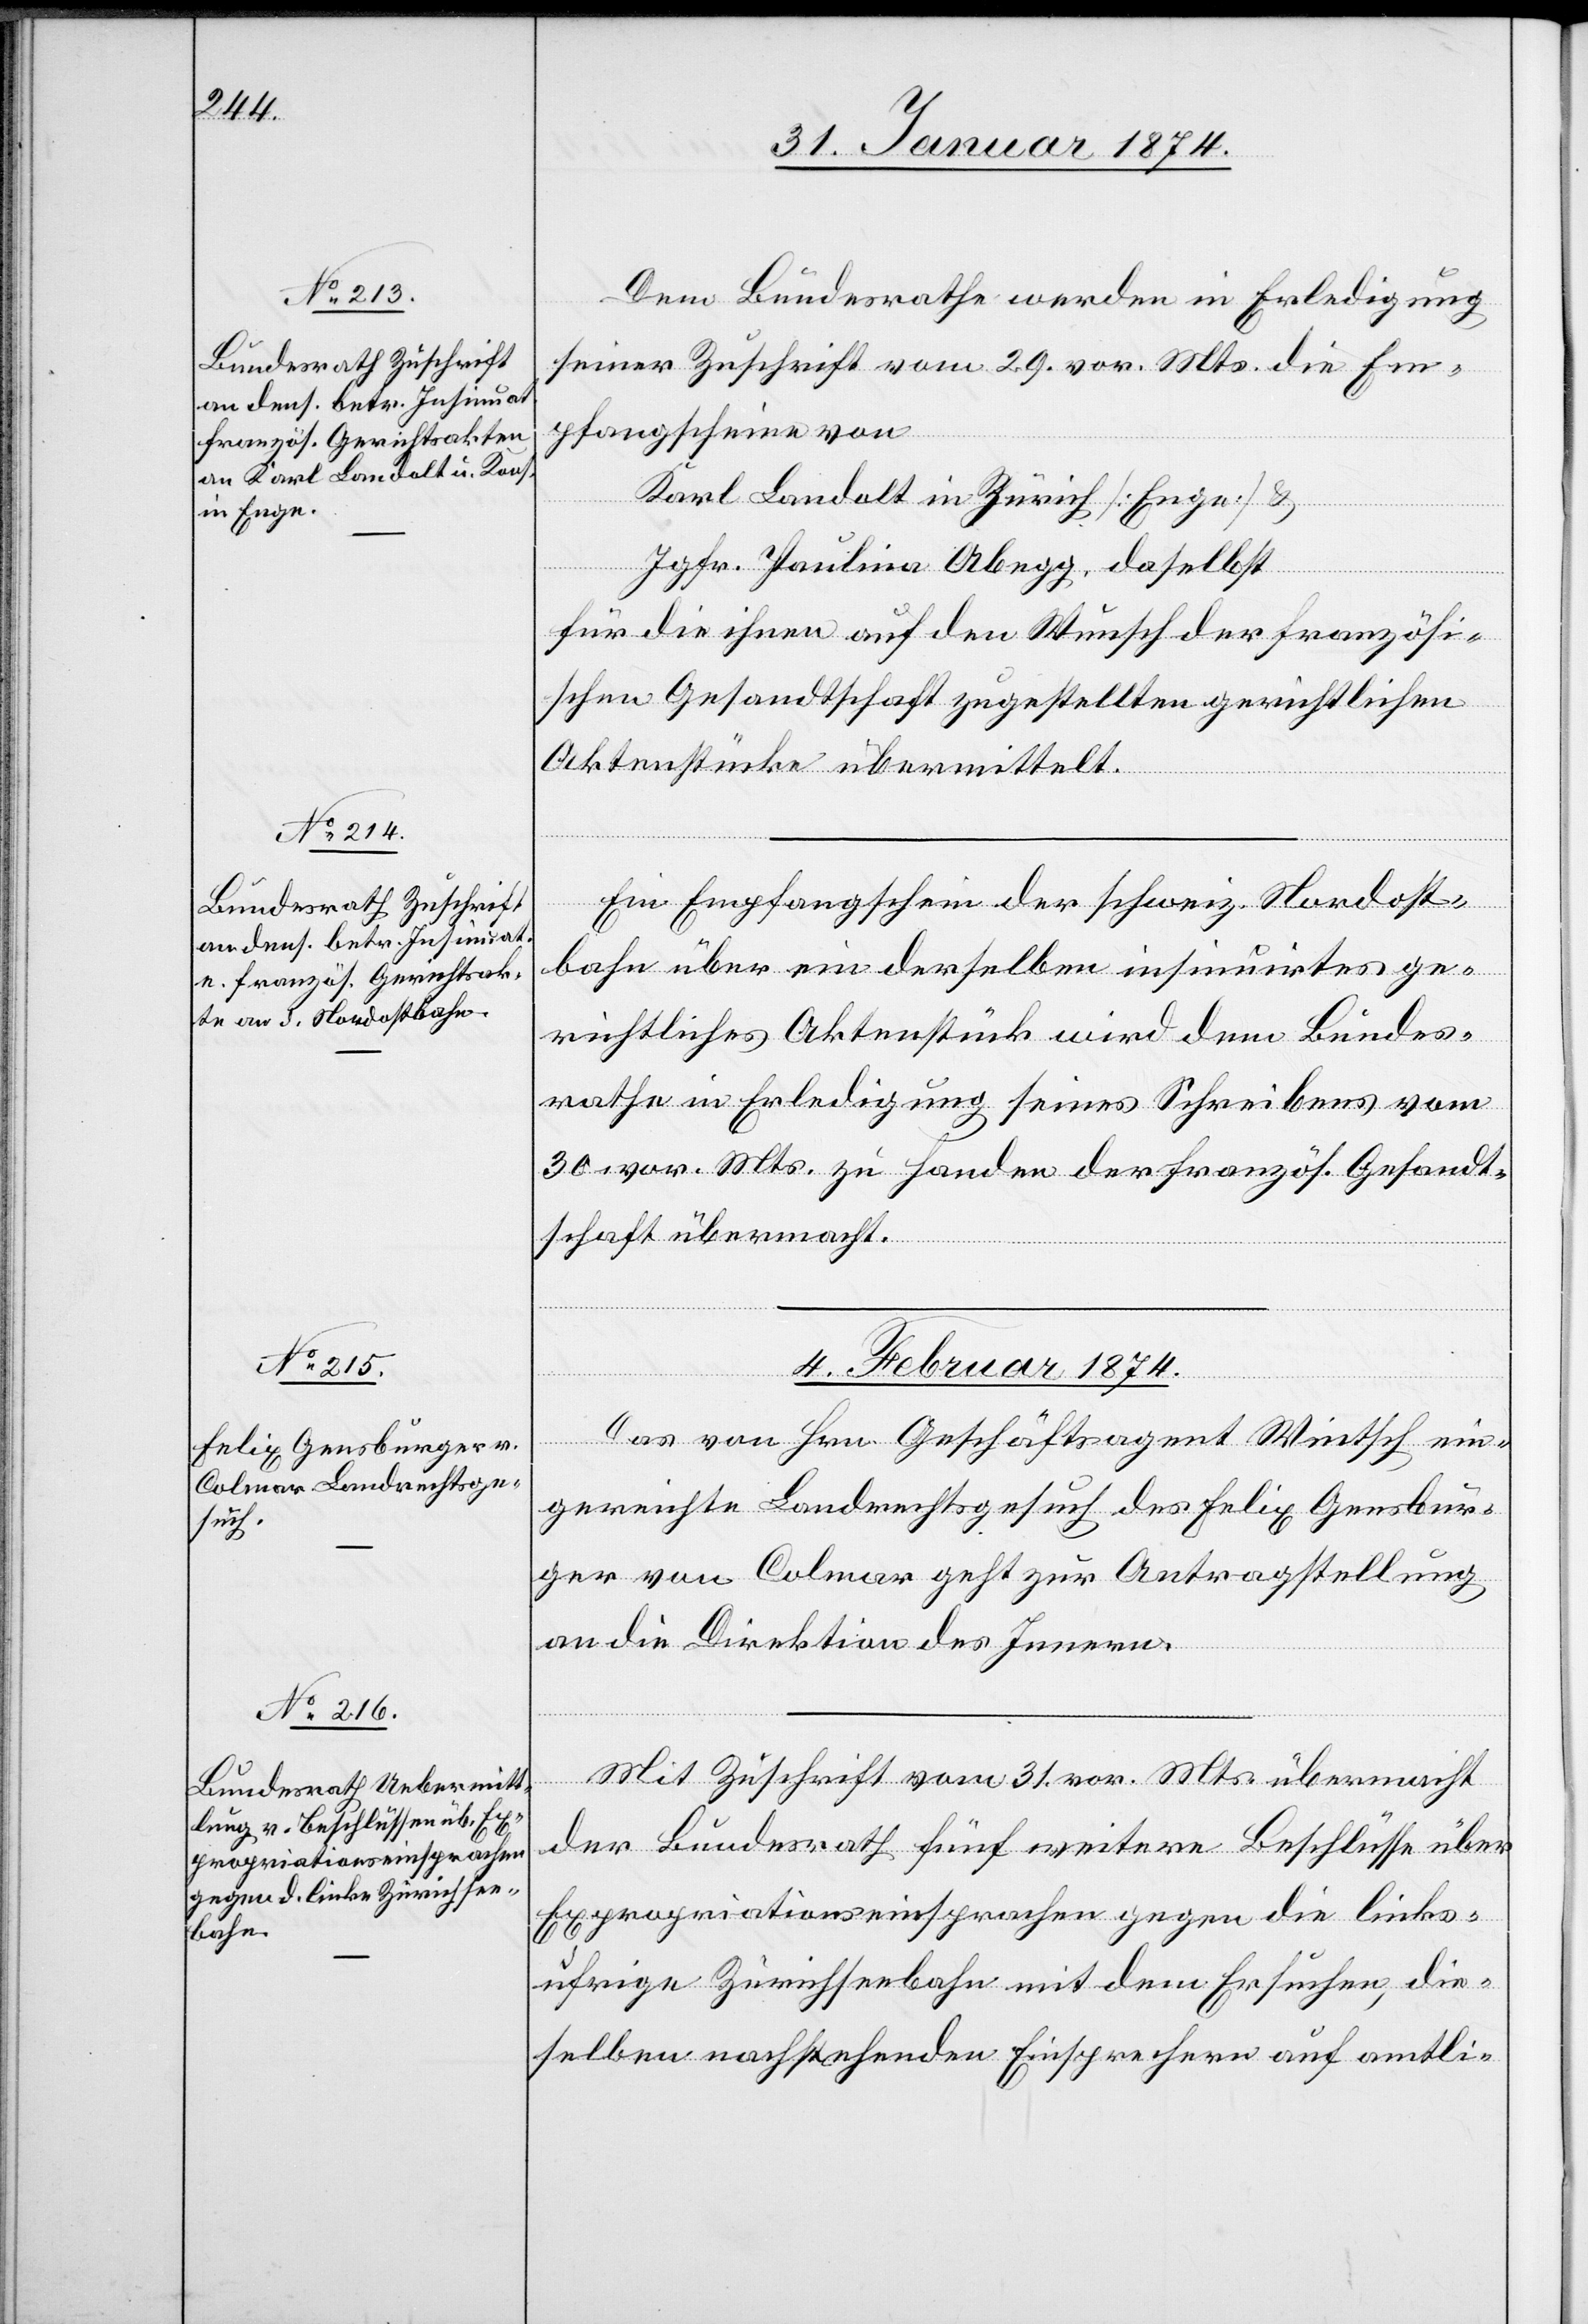
Dem Bundesrathe werden in Erledigung
seiner Zuschrift vom 29. vor. Mts. die Em¬
pfangscheine von
Karl Landolt in Zürich [Enge] u.
Jgfr. Paulina Abegg daselbst
für die ihnen auf den Wunsch der französi¬
schen Gesandtschaft zugestellten gerichtlichen
Aktenstücke übermittelt.
Ein Empfangschein der schweiz. Nordost¬
bahn über ein derselben insinuirten ge¬
richtliches Aktenstück wird dem Bundes¬
rath in Erledigung seines Schreibens vom
30. vor. Mts. zu Handen der französ. Gesandt¬
schaft übermacht.
4. Februar 1874.]
Das von Hrn. Geschäftsagent Wintsch ein¬
gereichte Landrechtsgesuch des Felix Gensbür¬
ger von Colmar geht zur Antragstellung
an die Direktion des Innern.
Mit Zuschrift vom 31. vor. Mts. übermacht
der Bundesrath fünf weitere Beschlüsse über
Expropriationseinsprachen gegen die links¬
ufrige Zürichseebahn mit dem Ersuchen, die¬
selben nachstehenden Einsprachen auf amtli-